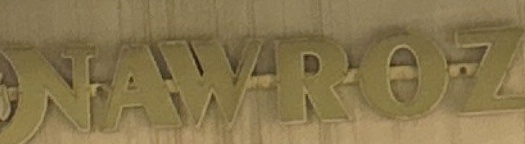
NAWROZ